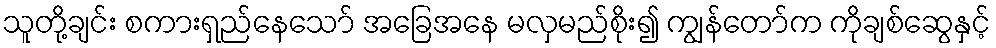
သူတို့ချင်း စကားရှည်နေသော် အခြေအနေ မလှမည်စိုး၍ ကျွန်တော်က ကိုချစ်ဆွေနှင့်